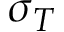
\sigma _ { T }